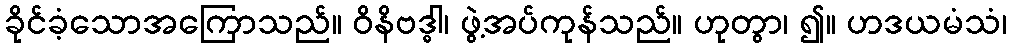
ခိုင်ခံ့သောအကြောသည်။ ဝိနိဗဒ္ဓါ၊ ဖွဲ့အပ်ကုန်သည်။ ဟုတွာ၊ ၍။ ဟဒယမံသံ၊